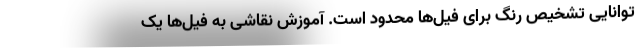
توانایی تشخیص رنگ‌ برای فیل‌ها محدود است. آموزش نقاشی به فیل‌ها یک